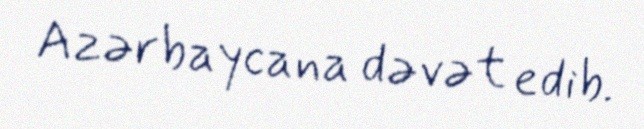
Azərbaycana dəvət edib.